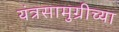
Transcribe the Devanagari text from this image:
यंत्रसामुग्रीच्या